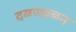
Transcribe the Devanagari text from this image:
दळणवळन